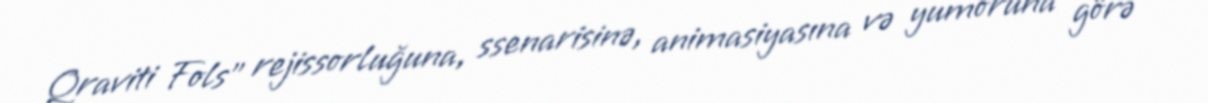
Qraviti Fols" rejissorluğuna, ssenarisinə, animasiyasına və yumoruna görə